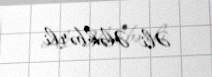
Əli Ələkbərli